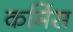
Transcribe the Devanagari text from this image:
कमिंस